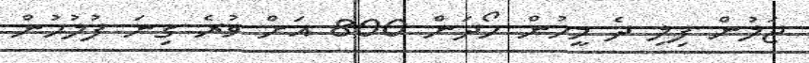
ޖަލުން ފިލި ދެ މީހުން ހޯދަން 800 އަށް ވުރެ ގިނަ ފުލުހުން